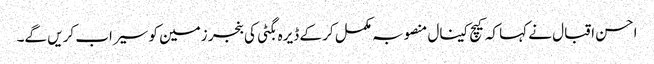
احسن اقبال نے کہا کہ کیچ کینال منصوبہ مکمل کر کے ڈیرہ بگٹی کی بنجر زمین کو سیراب کریں گے۔